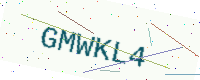
Text: GMWKL4